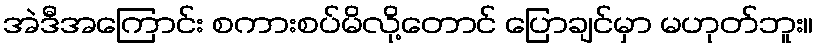
အဲဒီအကြောင်း စကားစပ်မိလို့တောင် ပြောချင်မှာ မဟုတ်ဘူး။